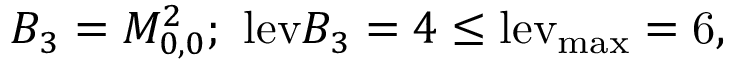
B _ { 3 } = M _ { 0 , 0 } ^ { 2 } ; ~ \mathrm { l e v } { B _ { 3 } } = 4 \le \mathrm { { l e v } _ { \mathrm { { m a x } } } = 6 , }